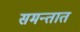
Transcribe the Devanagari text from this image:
समन्तात